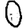
Digit: 0